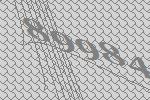
89984